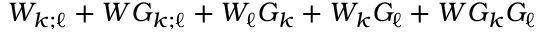
W _ { k ; \ell } + W G _ { k ; \ell } + W _ { \ell } G _ { k } + W _ { k } G _ { \ell } + W G _ { k } G _ { \ell }